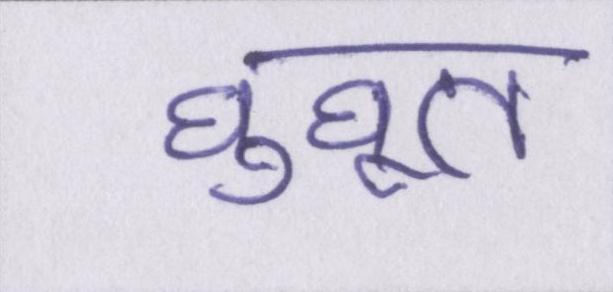
घुघूत